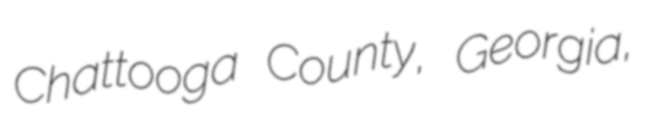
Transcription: Chattooga County, Georgia,